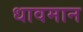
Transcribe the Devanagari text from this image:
धावमान